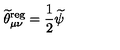
\widetilde { \theta } _ { \mu \nu } ^ { \mathrm { r e g } } = \frac 1 2 \widetilde { \psi }